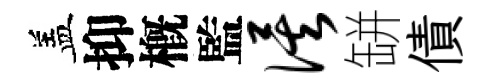
盖抑槪監俟缾債